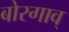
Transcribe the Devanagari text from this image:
बोरगाव्